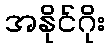
အနိုင်ဂိုး